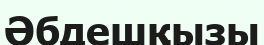
Әбдешқызы